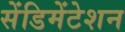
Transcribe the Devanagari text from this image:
सेंडिमेंटेशन